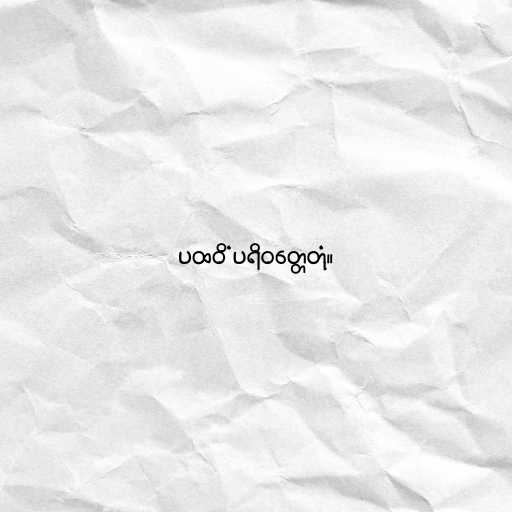
ပထဝိံ ပရိဝတ္တေတုံ။